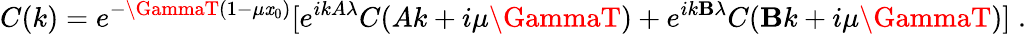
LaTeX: C(k)=e^{-\GammaT(1-\mu\mathit{x}_{0})}[e^{ikA\lambda}C(Ak+i\mu\GammaT)+e^{ik\mathbf{B}\lambda}C(\mathbf{B}k+i\mu\GammaT)]\; .